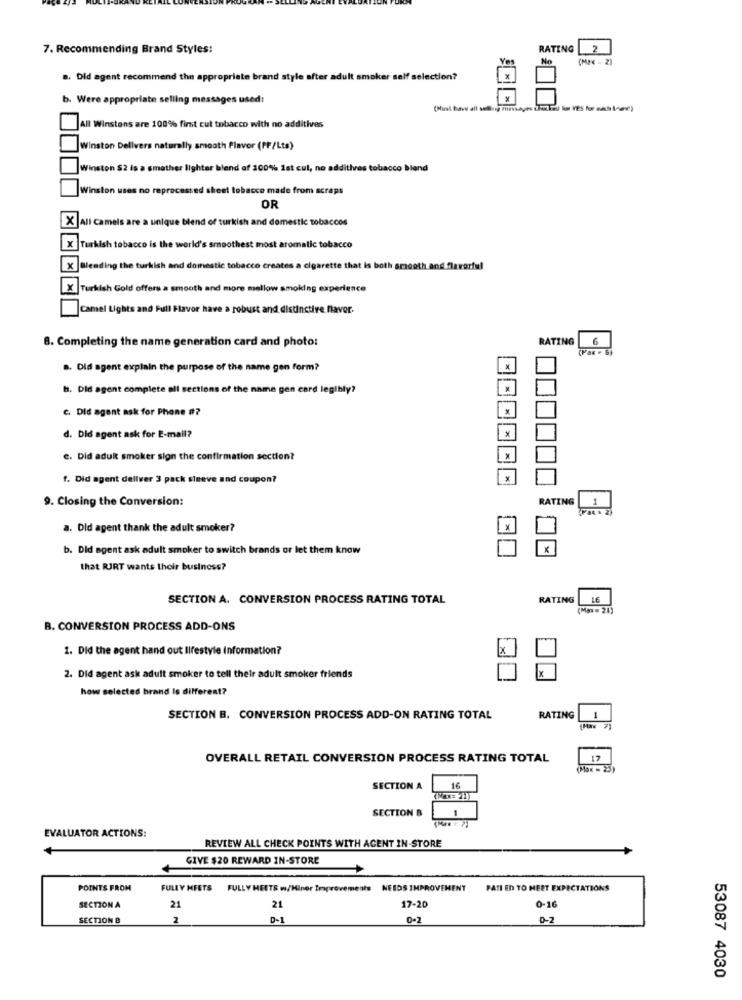
7. Recommending Brand Styles:
RATING
2
No
a. Did agent recommend the appropriate brand style after adult smoker self selection?
b. Were ap
rlate selling messages used:
All Winstons are 100% first cut tobacco with no additives
Winston Delivers naturally smooth Plavor (PF/Lts)
Winston S2 is a smother lighter blend of 100% 1st cul, no additives tobacco blend
Winston uses no reprocessed sheet tobacco made from scraps
OR
All Camels are a unique blend of turkish and domestic tobaccos
Turkish tobacco is the world's smoothest most aromatic tobacco
Blending the turkish and domestic tobacco creates a cigarette that is both smooth and flavorful
Turkish Gold offers a smooth and more mellow smoking experience
Camel Lights and Full Flavor have a robust and distinctive favor.
8. Completing the name generation card and photo:
RATING
6
a. Did agent explain the purpose of the name gen form?
b. Did agent complete all sections of the name gen card legibly?
c. Did agent ask for Phone #?
d. Did agent ask for E-mail?
e. Did adult smoker sign the confirmation section?
f. Did agent dellver 3 pack sleeve and coupon?
X
9. Closing the Conversion:
RATING
a. Did agent thank the adult smoker?
b. Did agent ask adult smoker to switch brands or let them know
that RJRT wants their business?
SECTION A. CONVERSION PROCESS RATING TOTAL
RATING
LE
(Max = 21)
B. CONVERSION PROCESS ADD-ONS
1. Did the agent hand out lifestyle Information?
2. Did agent ask adult smoker to tell their adult smoker friends
how selected brand Is different?
1
SECTION B. CONVERSION PROCESS ADD-ON RATING TOTAL
RATING
21
OVERALL RETAIL CONVERSION PROCESS RATING TOTAL
12
(Max = 23)
16
SECTION A
SECTION B
1
EVALUATOR ACTIONS:
REVIEW ALL CHECK POINTS WITH ACENT IN-STORE
GIVE $20 REWARD IN-STORE
POINTS FROM
FULLY HEETS
FULLY HEETS w/Miner Improvements NEEDS IMPROVEMENT
FATI En TO MEET EXPECTATIONS
SECTION A
21
21
17-20
0-16
SECTION B
2
D-1
0-2
D-2
53087 4030